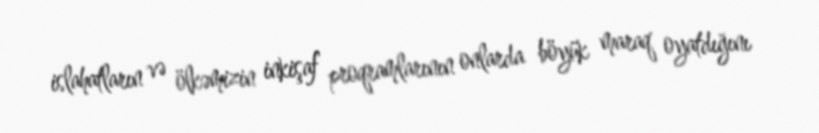
islahatların və ölkəmizin inkişaf proqramlarının onlarda böyük maraq oyatdığını